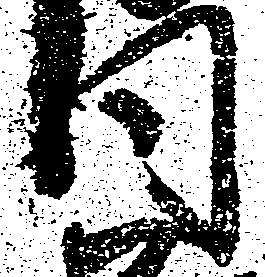
同